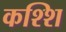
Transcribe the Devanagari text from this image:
कश्शि